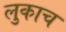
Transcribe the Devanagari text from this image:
लुकाच